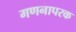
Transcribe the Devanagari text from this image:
गणनापरक